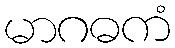
မာဂဓကံ